system: You are a helpful assistant.
user:
Analyze the provided spectrum to determine if it is a **Carbon Star (C-type)**.

- **Key Visual Indicators of Carbon Star:**
    - **(Primary):** Strong molecular absorption from **C₂ (diatomic carbon) "Swan Bands."** This is the **defining feature** of a carbon star.
        - **(Key Bandheads):** Sharp absorption edges are visible at approximately $5635$ Å, $5165$ Å (the strongest band), and $4737$ Å.
        - **(Line Profile):** Creates a distinct **"saw-tooth"** pattern. The key morphology is a sharp, steep bandhead on the **red (long-wavelength) side**, which then gradually tapers off (i.e., flux recovers) towards the **blue (short-wavelength) side**. *(This is the direct opposite of the TiO bands seen in M-type stars)*.

    - **(Secondary):** Intense **CN (cyanogen)** molecular absorption bands.
        - **(Key Bandheads):** Located in the blue and violet regions of the spectrum (e.g., near $4215$ Å and $3883$ Å).
        - **(Morphology):** These bands are extremely broad and act as a "blanket," absorbing the vast majority of blue and violet light. This creates a characteristic **"cliff"** or **"steep drop-off"** in the spectrum's flux at short wavelengths.

    - **(Key Confirmation):** Strong **CH absorption band (G-band)**.
        - **(Key Bandhead):** Located around $4300$ Å. The contribution from CH molecules to this band is exceptionally strong.

    - **(Overall Spectrum):**
        - The continuum is severely "chopped up" by these deep molecular bands, especially C₂, rather than appearing as a smooth curve.
        - Due to the heavy CN and C₂ absorption in the blue-green, the vast majority of the star's flux is concentrated in the red part of the spectrum, giving the star its characteristic deep red color.

Think first, call **spectral_visualization_tool** if needed to examine features in detail, then provide your final answer. Your response must adhere to the following strict rules:
1.  **Overall Structure:** Your response must follow the format `<think>...</think> <tool_call>...</tool_call> (if a tool is used) <answer>...</answer>`.
2.  **Tool Usage Constraint:** You may only make **one** tool call per turn.
3.  **Final Answer Format:** In the `<answer>` tag, your conclusion must be inside a `\boxed{}` command (e.g., `\boxed{YES}`), followed by your justification.

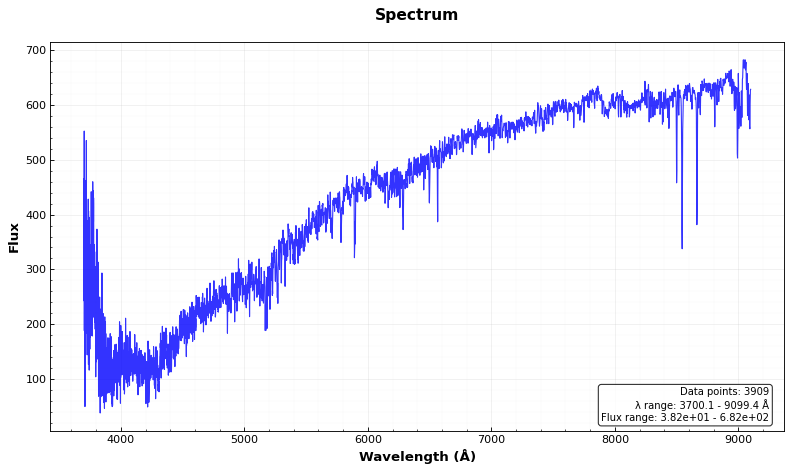
Answer: NO